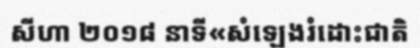
សីហា ២០១៨ នាទី«សំឡេងរំដោះជាតិ